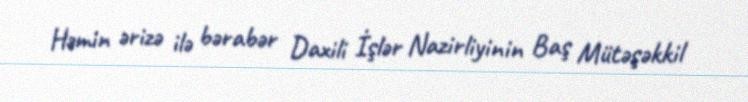
Həmin ərizə ilə bərabər Daxili İşlər Nazirliyinin Baş Mütəşəkkil